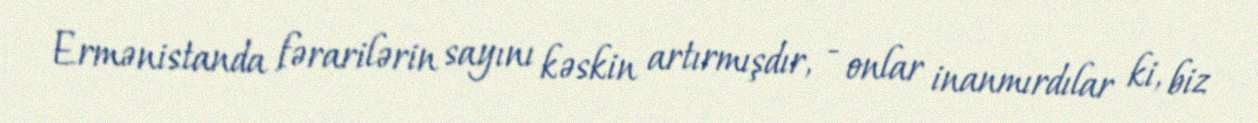
Ermənistanda fərarilərin sayını kəskin artırmışdır, - onlar inanmırdılar ki, biz